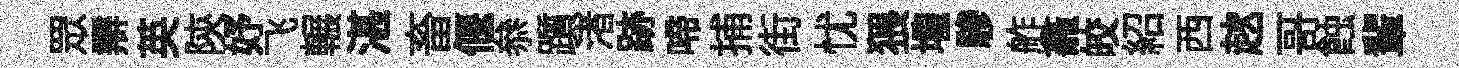
眾辯英陝妤飞輾湛畜偃叅躓渚跡啼捕街忧猥壠驂舴龕皎紹西趑哥蝕輩